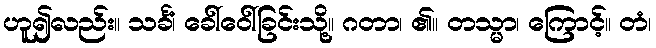
ဟူ၍လည်း။ သင်္ခံ၊ ခေါ်ဝေါ်ခြင်းသို့။ ဂတာ၊ ၏။ တသ္မာ၊ ကြောင့်။ တံ၊